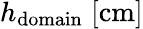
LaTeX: h_{\mathrm{domain}}\; [\mathrm{cm}]